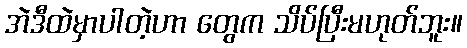
အဲဒီထဲမှာပါတဲ့ဟာ တွေက သိပ်ပြီးမဟုတ်ဘူး။